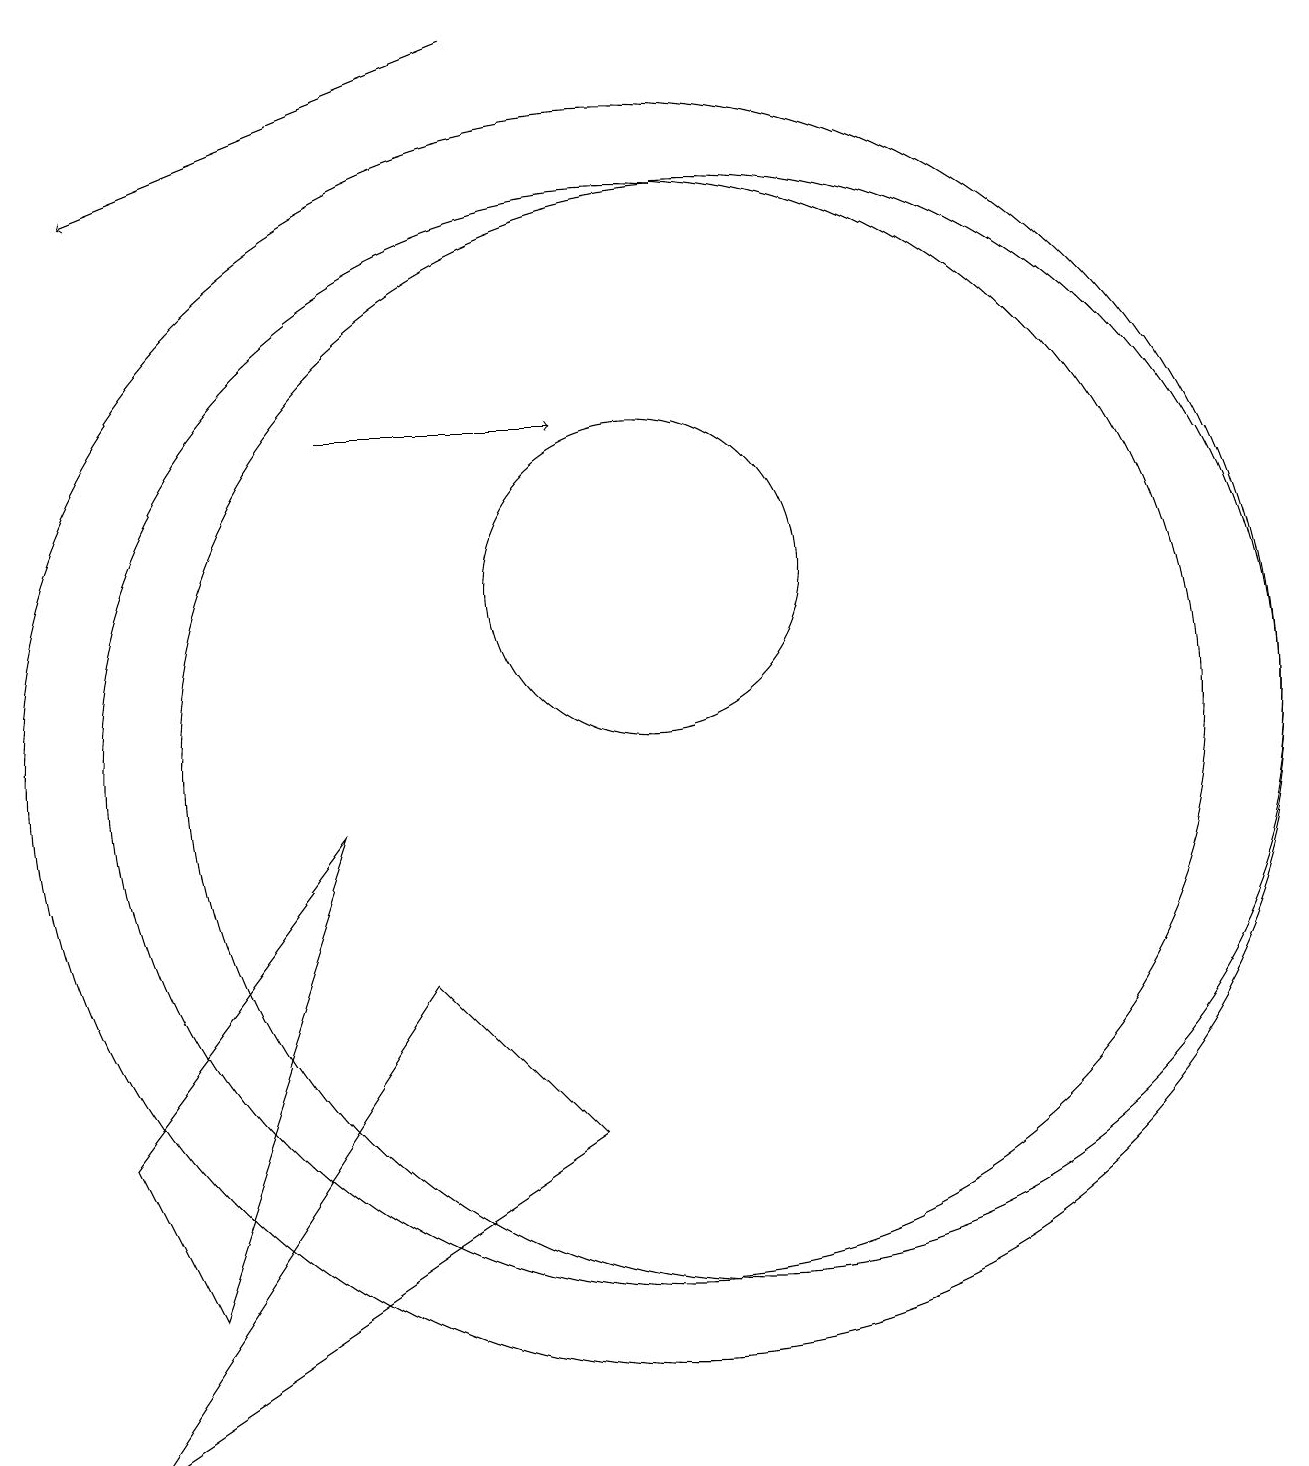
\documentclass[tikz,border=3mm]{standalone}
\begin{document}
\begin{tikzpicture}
\draw (3,5) -- (4,3) -- (6,9) -- cycle;
\draw (10,12) circle (2);
\draw[->] (6,14) -- (9,14);
\draw (10,10) circle (8);
\draw (10,10) circle (7);
\draw (7,7) -- (3,1) -- (9,5) -- cycle;
\draw[->] (8,19) -- (3,17);
\draw (11,10) circle (7);
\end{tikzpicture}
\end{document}